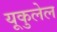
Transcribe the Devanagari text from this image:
यूकुलेल